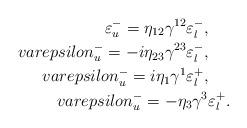
LaTeX: \begin{align*}\varepsilon^-_u = \eta_{12} \gamma^{12} \varepsilon^-_l,\ \ \ \ \\varepsilon^-_u = -i \eta_{23} \gamma^{23} \varepsilon^-_l, \ \ \ \ \\varepsilon^-_u = i \eta_{1} \gamma^{1} \varepsilon^+_l, \ \ \ \ \\varepsilon^-_u = - \eta_{3} \gamma^{3} \varepsilon^+_l .\end{align*}